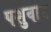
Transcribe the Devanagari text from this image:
पशुवाद